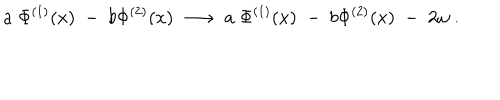
LaTeX: a \; \Phi ^ { ( 1 ) } ( x ) \; - \; b \Phi ^ { ( 2 ) } ( x ) \; \longrightarrow \; a \; \Phi ^ { ( 1 ) } ( x ) \; - \; b \Phi ^ { ( 2 ) } ( x ) \; - \; 2 \omega \; .